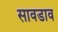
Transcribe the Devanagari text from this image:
सावडाव